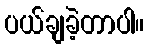
ပယ်ချခဲ့တာပါ။